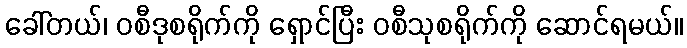
ခေါ်တယ်၊ ဝစီဒုစရိုက်ကို ရှောင်ပြီး ဝစီသုစရိုက်ကို ဆောင်ရမယ်။